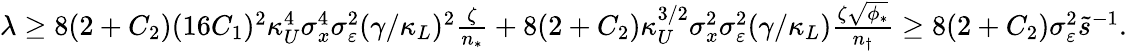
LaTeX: \begin{array}{r}{\lambda\ge 8(2+C_{2})(16C_{1})^{2}\kappa_{U}^{4}\sigma_{x}^{4}\sigma_{\varepsilon}^{2}(\gamma/\kappa_{L})^{2}\frac{\zeta}{n_{*}}+8(2+C_{2})\kappa_{U}^{3/2}\sigma_{x}^{2}\sigma_{\varepsilon}^{2}(\gamma/\kappa_{L})\frac{\zeta\sqrt{\phi_{*}}}{n_{\dagger}}\ge 8(2+C_{2})\sigma_{\varepsilon}^{2}\tilde{s}^{-1}.}\end{array}